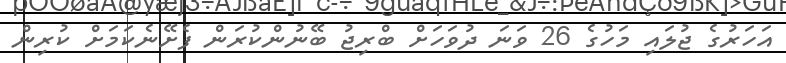
އަހަރުގެ ޖުލައި މަހުގެ 26 ވަނަ ދުވަހަށް ބްރިޖު ބޭނުންކުރަން ފެށޭނެކަމަށް ކުރިން